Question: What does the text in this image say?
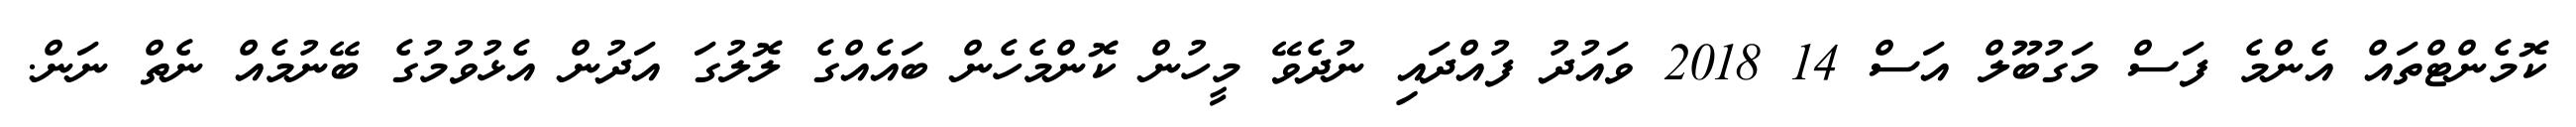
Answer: ކޮމެންޓްތައް އެންމެ ފަސް މަގުބޫލް އަސް 14 2018 ވައުދު ފުއްދައި ނުދެވޭ މީހުން ކޮންމެހެން ބައެއްގެ ލޮލުގަ އަދުން އެޅުވުމުގެ ބޭނުމެއް ނެތް ނަން.